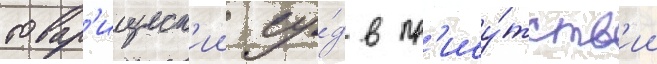
товар'ищеск'ии су́д в пр'ису́тств'ии